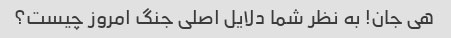
هی جان! به نظر شما دلایل اصلی جنگ امروز چیست؟